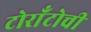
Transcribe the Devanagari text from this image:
टोराँटोची